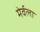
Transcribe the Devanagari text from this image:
मेर्वला